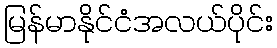
မြန်မာနိုင်ငံအလယ်ပိုင်း